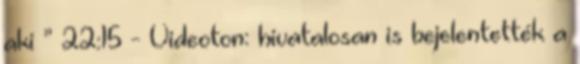
aki ” 22:15 - Videoton: hivatalosan is bejelentették a